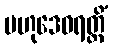
ဗဟုဒေဝရတ္တိံ